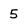
Character: 5